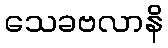
သေခဗလာနိ